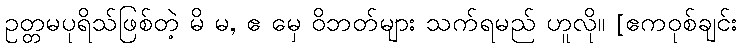
ဥတ္တမပုရိသ်ဖြစ်တဲ့ မိ မ, ဧ မှေ ဝိဘတ်များ သက်ရမည် ဟူလို။ [ဧကဝုစ်ချင်း